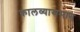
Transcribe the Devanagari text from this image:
कालव्यासमान